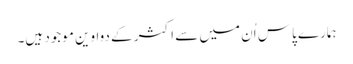
ہمارے پاس اُن میں سے اکثر کے دواوین موجود ہیں۔